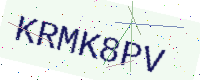
Text: KRMK8PV